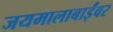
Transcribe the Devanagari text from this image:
जयमालाबाईंवर